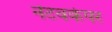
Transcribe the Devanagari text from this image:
नेटवर्कपर